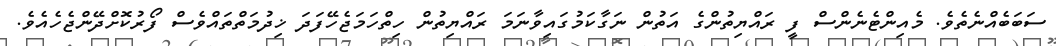
ސަބަބެއްނެތެވެ. މެއިންޓެނެންސް ފީ ރައްޔިތުންގެ އަތުން ނަގާކަމުގައިވާނަމަ ރައްޔިތުން ހިތްހަމަޖެހޭފަދަ ޚިދުމަތްތައްވެސް ފޯރުކޮށްދޭންޖެހެއެވެ.